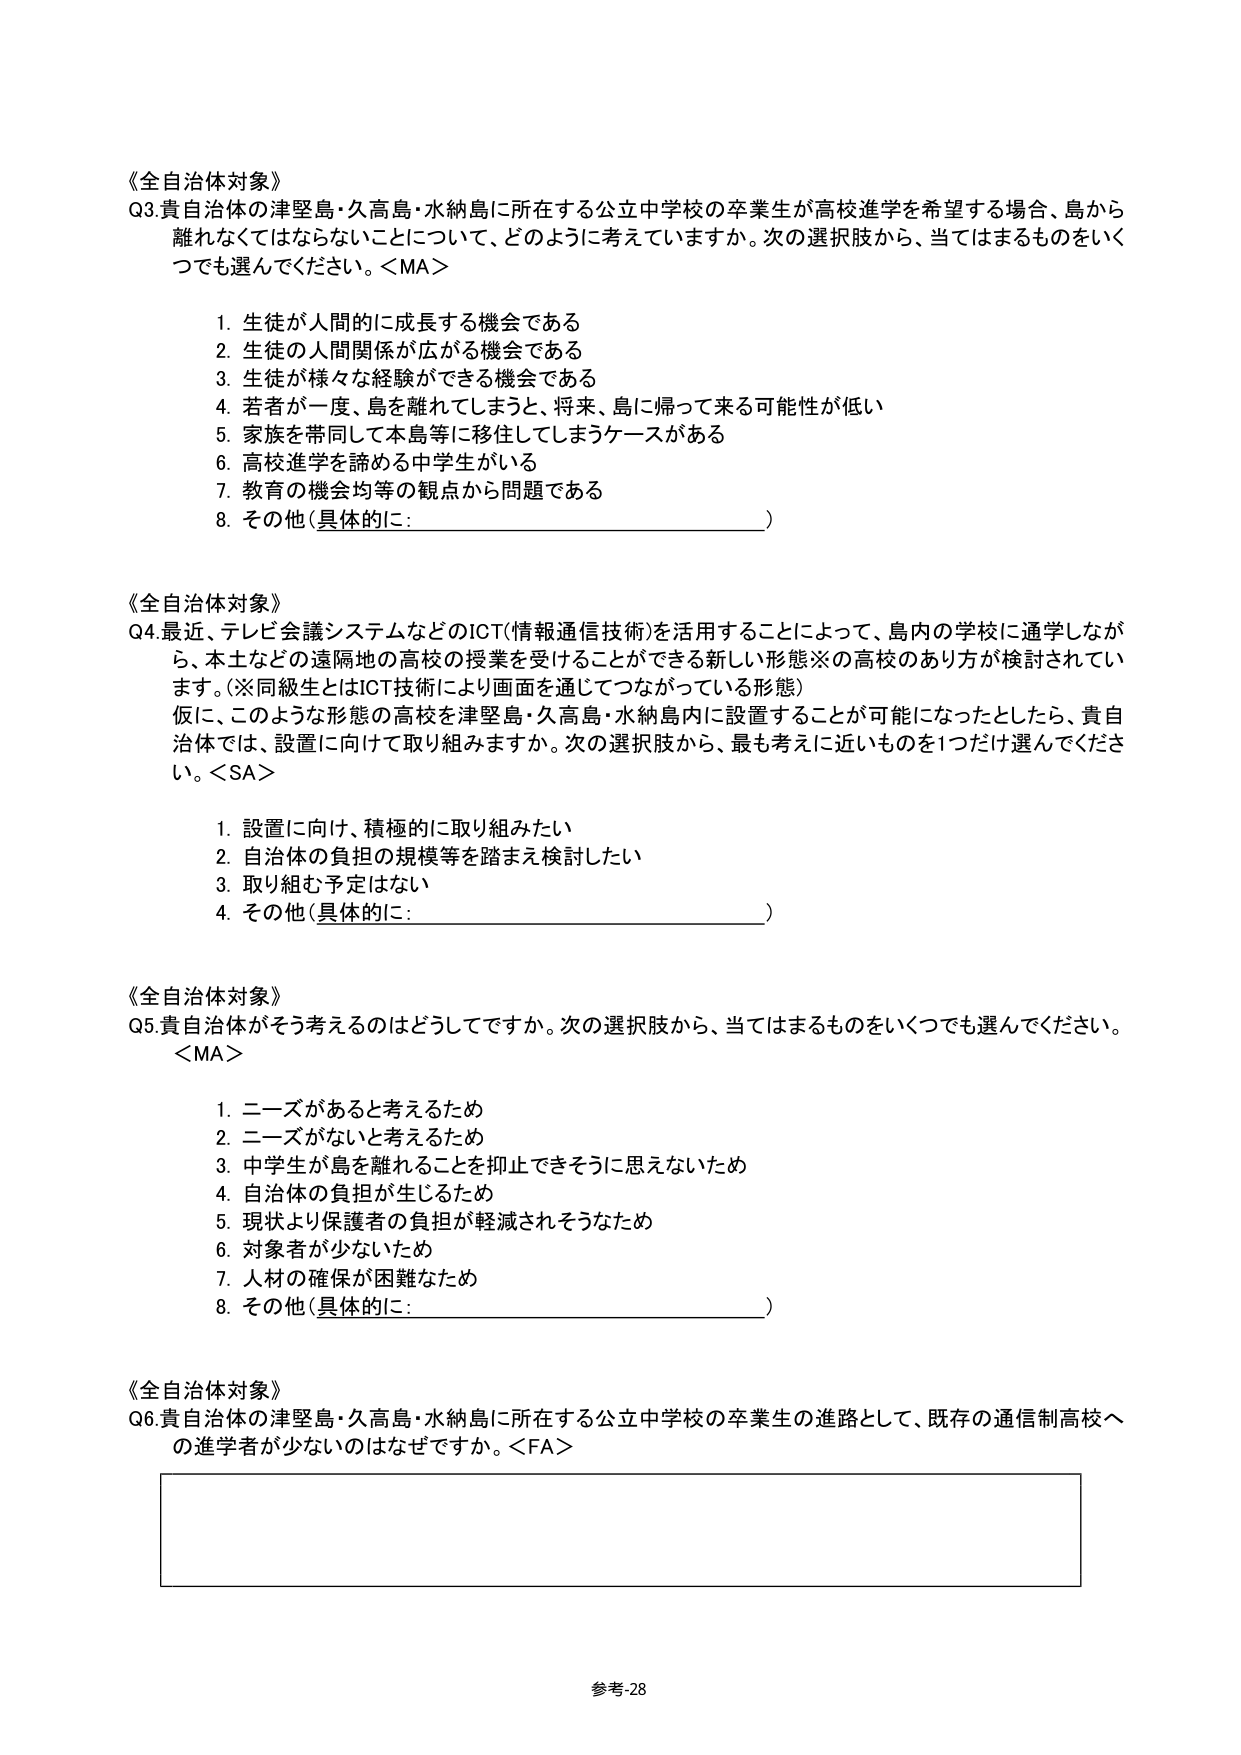
《全自治体対象》
Q3.貴自治体の津堅島・久高島・水納島に所在する公立中学校の卒業生が高校進学を希望する場合、島から離れなくてはならないことについて、どのように考えていますか。次の選択肢から、当てはまるものをいくつでも選んでください。＜MA＞
1. 生徒が人間的に成長する機会である
2. 生徒の人間関係が広がる機会である
3. 生徒が様々な経験ができる機会である
4. 若者が一度、島を離れてしまうと、将来、島に帰って来る可能性が低い
5. 家族を帯同して本島等に移住してしまうケースがある
6. 高校進学を諦める中学生がいる
7. 教育の機会均等の観点から問題である
8. その他（具体的に：________________________）

《全自治体対象》
Q4.最近、テレビ会議システムなどのICT（情報通信技術）を活用することによって、島内の学校に通学しながら、本土などの遠隔地の高校の授業を受けることができる新しい形態※の高校のあり方が検討されています。（※同級生とはICT技術により画面を通じてつながっている形態）
仮に、このような形態の高校を津堅島・久高島・水納島内に設置することが可能になったとしたら、貴自治体では、設置に向けて取り組みますか。次の選択肢から、最も考えに近いものを1つだけ選んでください。＜SA＞
1. 設置に向け、積極的に取り組みたい
2. 自治体の負担の規模等を踏まえ検討したい
3. 取り組む予定はない
4. その他（具体的に：________________________）

《全自治体対象》
Q5.貴自治体がそう考えるのはどうしてですか。次の選択肢から、当てはまるものをいくつでも選んでください。＜MA＞
1. ニーズがあると考えるため
2. ニーズがないと考えるため
3. 中学生が島を離れることを抑止できそうに思えないため
4. 自治体の負担が生じるため
5. 現状より保護者の負担が軽減されそうなため
6. 対象者が少ないため
7. 人材の確保が困難なため
8. その他（具体的に：________________________）

《全自治体対象》
Q6.貴自治体の津堅島・久高島・水納島に所在する公立中学校の卒業生の進路として、既存の通信制高校への進学者が少ないのはなぜですか。＜FA＞

参考-28